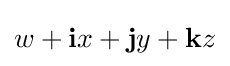
w+\mathbf {i} x+\mathbf {j} y+\mathbf {k} z\,\!